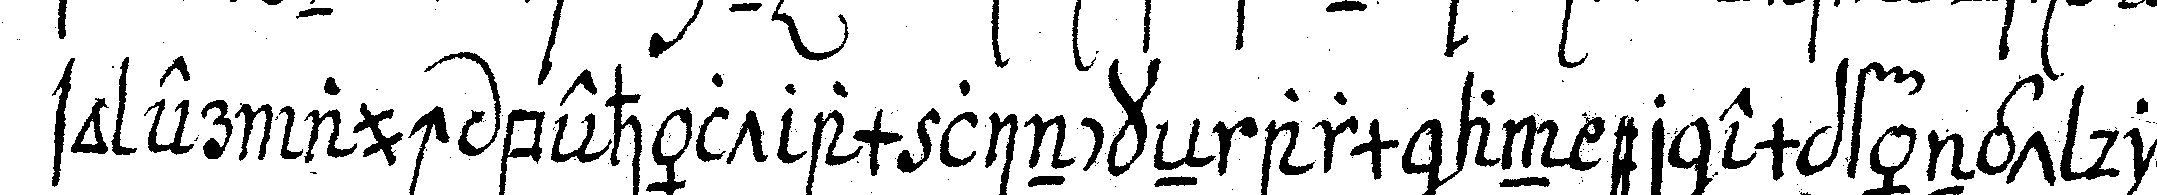
so er auch behält am linckeN arm an er empfängt die